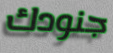
جنودك